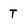
Character: T